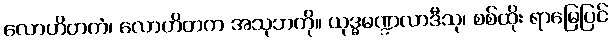
လောဟိတကံ၊ လောဟိတက အသုဘကို။ ယုဒ္ဓမဏ္ဍလာဒီသု၊ စစ်ထိုး ရာမြေပြင်